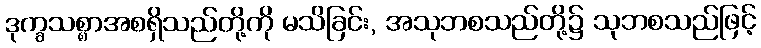
ဒုက္ခသစ္စာအစရှိသည်တို့ကို မသိခြင်း, အသုဘစသည်တို့၌ သုဘစသည်ဖြင့်